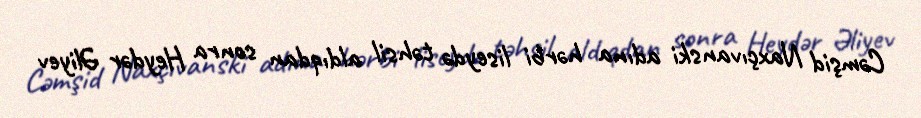
Cəmşid Naxçıvanski adına hərbi liseydə təhsil aldıqdan sonra Heydər Əliyev